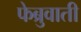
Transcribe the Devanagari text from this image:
फेब्रुवाती